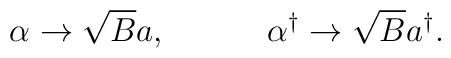
\alpha \rightarrow \sqrt{B} a,\,\,\,\,\,\,\,\,\,\,\,\,\,\,\,\,\,\, \alpha^{\dag}   \rightarrow \sqrt{B}a^{\dag}.